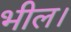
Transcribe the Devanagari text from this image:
भील।